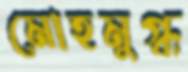
মোহমুগ্ধ